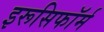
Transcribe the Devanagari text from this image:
इरूसिफॉर्म